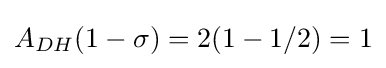
A_{DH}(1-\sigma )=2(1-1/2)=1